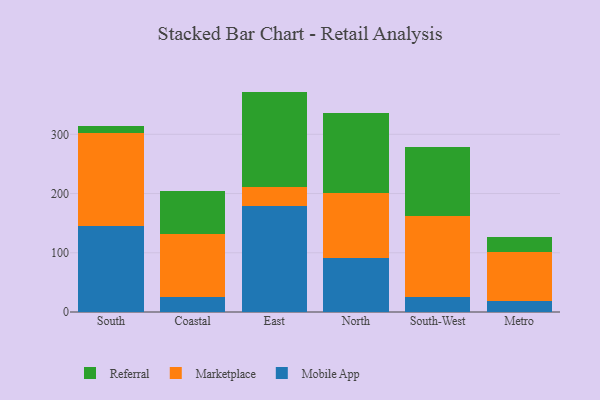
{"axis": {"x": "Region", "y": "Website Visitors"}, "legend": ["Marketplace", "Mobile App", "Referral"], "data": [{"x": "South", "y": 144.7, "type": "Mobile App"}, {"x": "South", "y": 157.8, "type": "Marketplace"}, {"x": "South", "y": 11.7, "type": "Referral"}, {"x": "Coastal", "y": 24.6, "type": "Mobile App"}, {"x": "Coastal", "y": 106.7, "type": "Marketplace"}, {"x": "Coastal", "y": 72.8, "type": "Referral"}, {"x": "East", "y": 178.8, "type": "Mobile App"}, {"x": "East", "y": 32.1, "type": "Marketplace"}, {"x": "East", "y": 161.2, "type": "Referral"}, {"x": "North", "y": 91.7, "type": "Mobile App"}, {"x": "North", "y": 108.4, "type": "Marketplace"}, {"x": "North", "y": 136.6, "type": "Referral"}, {"x": "South-West", "y": 24.8, "type": "Mobile App"}, {"x": "South-West", "y": 136.6, "type": "Marketplace"}, {"x": "South-West", "y": 116.9, "type": "Referral"}, {"x": "Metro", "y": 18.6, "type": "Mobile App"}, {"x": "Metro", "y": 82.6, "type": "Marketplace"}, {"x": "Metro", "y": 25.7, "type": "Referral"}]}